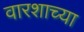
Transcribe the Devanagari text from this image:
वारशाच्‍या